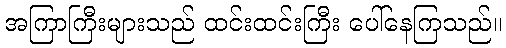
အကြာကြီးများသည် ထင်းထင်းကြီး ပေါ်နေကြသည်။